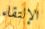
الإلتقاء